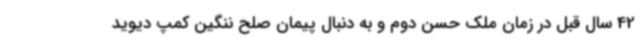
42 سال قبل در زمان ملک حسن دوم و به دنبال پیمان صلح ننگین کمپ دیوید